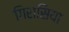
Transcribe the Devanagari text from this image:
गिरासिया